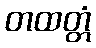
တထတ္တံ